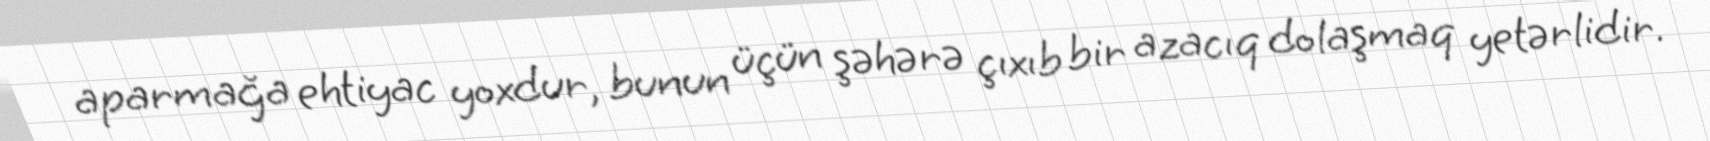
aparmağa ehtiyac yoxdur, bunun üçün şəhərə çıxıb bir azacıq dolaşmaq yetərlidir.